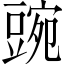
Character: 豌